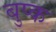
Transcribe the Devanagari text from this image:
बुप्क